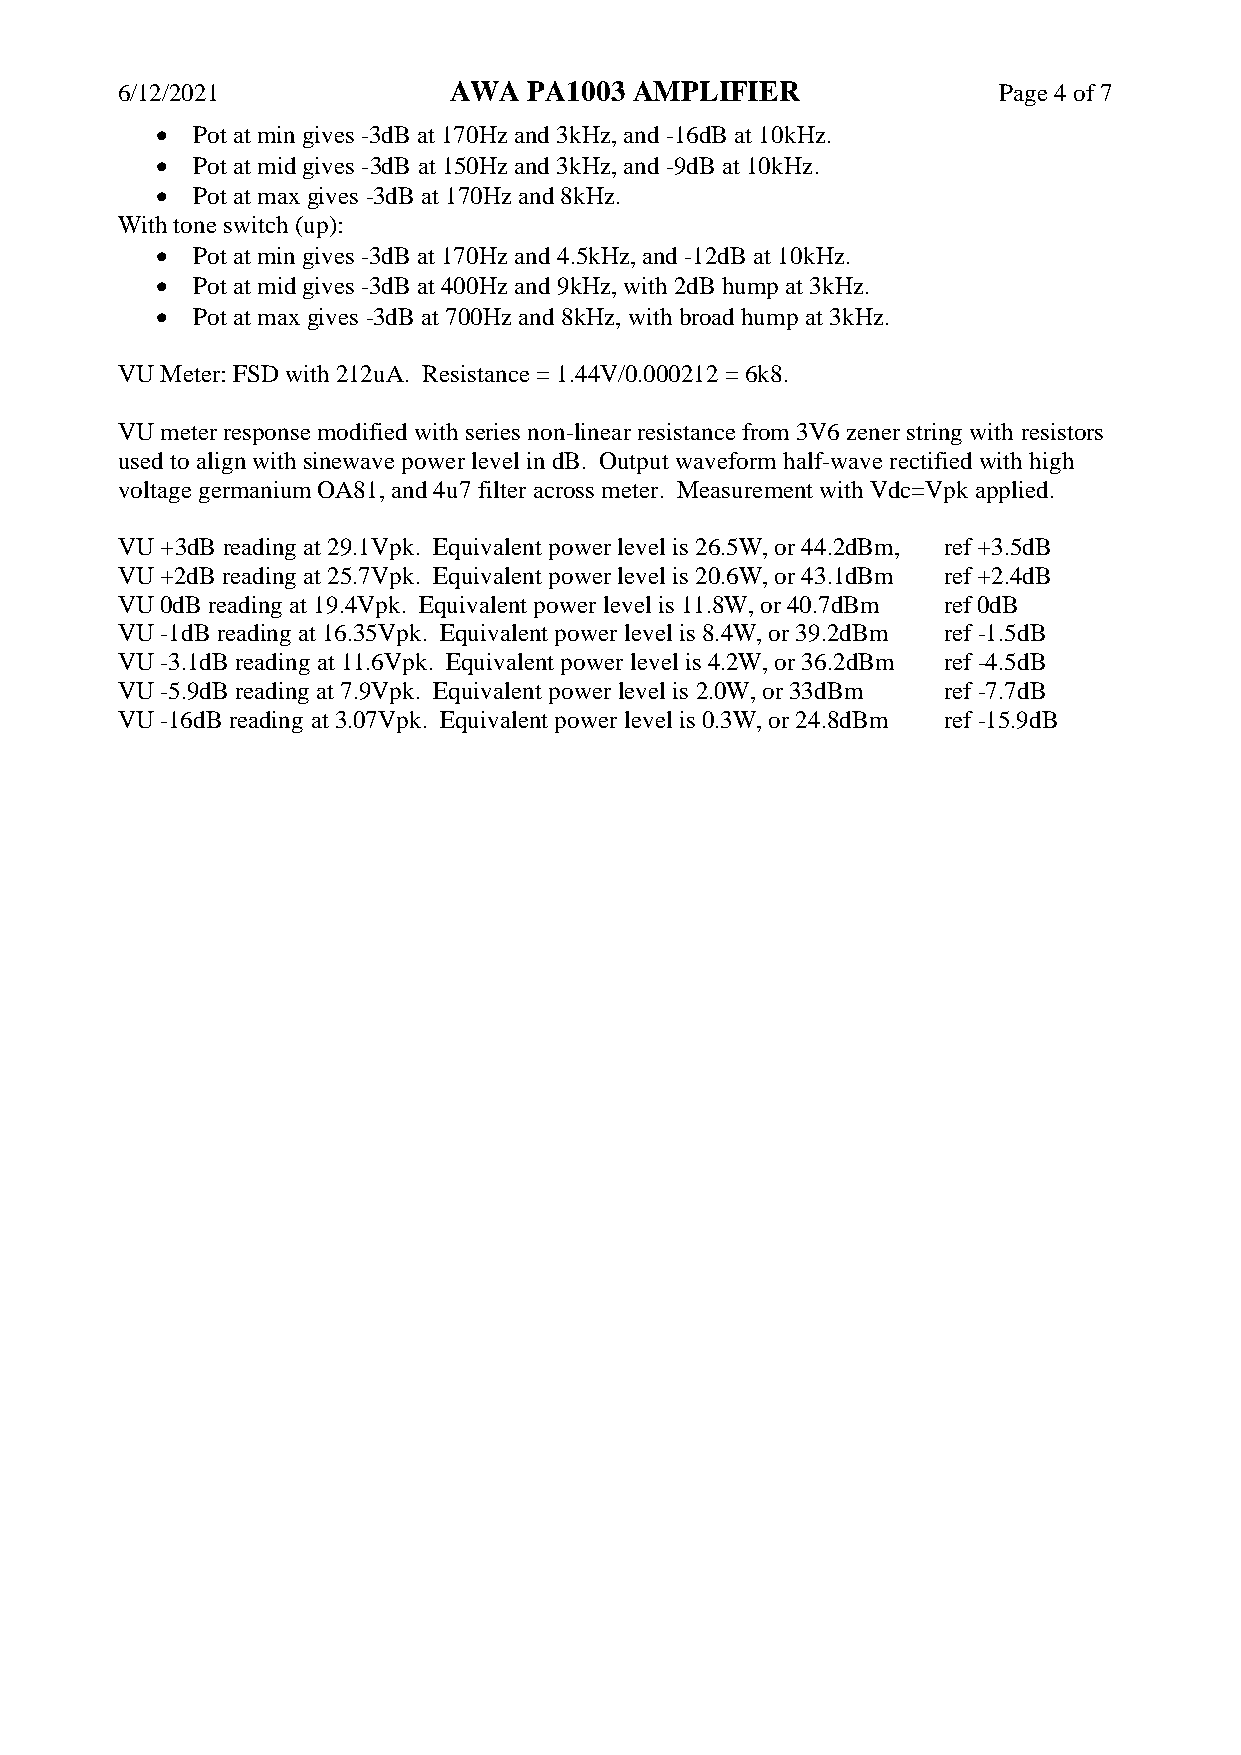
6/12/2021             AWA  PA1003 AMPLIFIER               Page 4 of 7
 •  Pot at min gives -3dB at 170Hz and 3kHz, and -16dB at 10kHz.
 •  Pot at mid gives -3dB at 150Hz and 3kHz, and -9dB at 10kHz.
 •  Pot at max gives -3dB at 170Hz and 8kHz.
 With tone switch (up):
 •  Pot at min gives -3dB at 170Hz and 4.5kHz, and -12dB at 10kHz.
 •  Pot at mid gives -3dB at 400Hz and 9kHz, with 2dB hump at 3kHz.
 •  Pot at max gives -3dB at 700Hz and 8kHz, with broad hump at 3kHz.
 VU Meter: FSD with 212uA. Resistance = 1.44V/0.000212 = 6k8.
 VU meter response modified with series non-linear resistance from 3V6 zener string with resistors
 used to align with sinewave power level in dB. Output waveform half-wave rectified with high
 voltage germanium OA81, and 4u7 filter across meter. Measurement with Vdc=Vpk applied.
 VU +3dB reading at 29.1Vpk. Equivalent power level is 26.5W, or 44.2dBm, ref +3.5dB
 VU +2dB reading at 25.7Vpk. Equivalent power level is 20.6W, or 43.1dBm ref +2.4dB
 VU 0dB reading at 19.4Vpk. Equivalent power level is 11.8W, or 40.7dBm ref 0dB
 VU -1dB reading at 16.35Vpk. Equivalent power level is 8.4W, or 39.2dBm ref -1.5dB
 VU -3.1dB reading at 11.6Vpk. Equivalent power level is 4.2W, or 36.2dBm ref -4.5dB
 VU -5.9dB reading at 7.9Vpk. Equivalent power level is 2.0W, or 33dBm ref -7.7dB
 VU -16dB reading at 3.07Vpk. Equivalent power level is 0.3W, or 24.8dBm ref -15.9dB